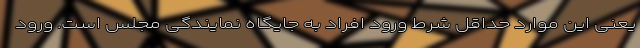
یعنی این موارد حداقل شرط ورود افراد به جایگاه نمایندگی مجلس است. ورود